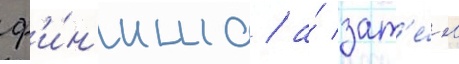
ф'и́н'иша / а́ зат'е́м